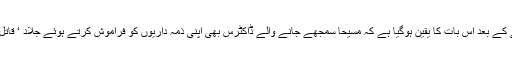
شعبہ طب کو شرمسار کردینے والے اس ویڈیو کو دیکھنے کے بعد اس بات کا یقین ہوگیا ہے کہ مسیحا سمجھے جانے والے ڈاکٹرس بھی اپنی ذمہ داریوں کو فراموش کرتے ہوئے جلاد ‘ قاتل اور سماج کو نقصان پہنچانے والے عناصر بن سکتے ہیں۔